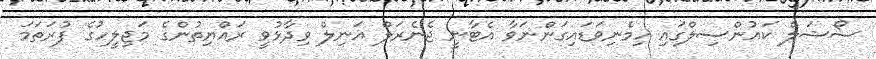
ސޯޝަލް ކައުންސިލްގައި ހިމެނިވަޑައިގަންނަވާ އެޓާނީ ޖެނެރަލް އަނިލް ވިދާޅުވީ ރައްޔިތުންގެ މަޖިލީހުގެ ފުރަތަމަ